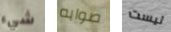
شيء صوابه ليست